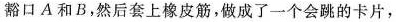
豁口 A 和 B，然后套上橡皮筋，做成了一个会跳的卡片，